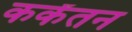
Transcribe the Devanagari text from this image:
कर्केंतन